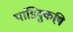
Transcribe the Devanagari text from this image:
पांडिक्कुष़ि